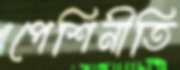
পেশিনীতি